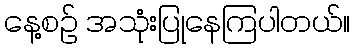
နေ့စဉ် အသုံးပြုနေကြပါတယ်။